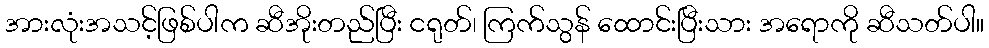
အားလုံးအသင့်ဖြစ်ပါက ဆီအိုးတည်ပြီး ငရုတ်၊ ကြက်သွန် ထောင်းပြီးသား အရောကို ဆီသတ်ပါ။